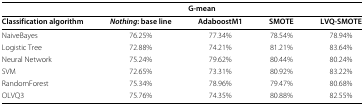
|  | <COLSPAN=3> G-mean |  |
 | --- | --- | --- | --- | --- |
 | Classification algorithm | Nothing: base line | AdaboostM1 | SMOTE | LVQ-SMOTE |
 | NaiveBayes | 76.25% | 77.34% | 78.54% | 78.94% |
 | Logistic Tree | 72.88% | 74.21% | 81.21% | 83.64% |
 | Neural Network | 75.24% | 79.62% | 80.44% | 80.24% |
 | SVM | 72.65% | 73.31% | 80.92% | 83.22% |
 | RandomForest | 75.34% | 78.96% | 79.47% | 80.68% |
 | OLVQ3 | 75.76% | 74.35% | 80.88% | 82.55% |